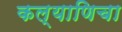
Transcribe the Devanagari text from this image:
कल्याणिचा